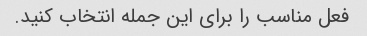
فعل مناسب را برای این جمله انتخاب کنید.